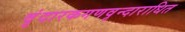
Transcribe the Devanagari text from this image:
वृंदारकगणवृन्दाराधित